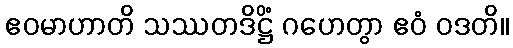
ဧဝမာဟာတိ သဿတဒိဋ္ဌိံ ဂဟေတွာ ဧဝံ ဝဒတိ။